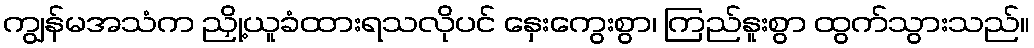
ကျွန်မအသံက ညှို့ယူခံထားရသလိုပင် နှေးကွေးစွာ၊ ကြည်နူးစွာ ထွက်သွားသည်။